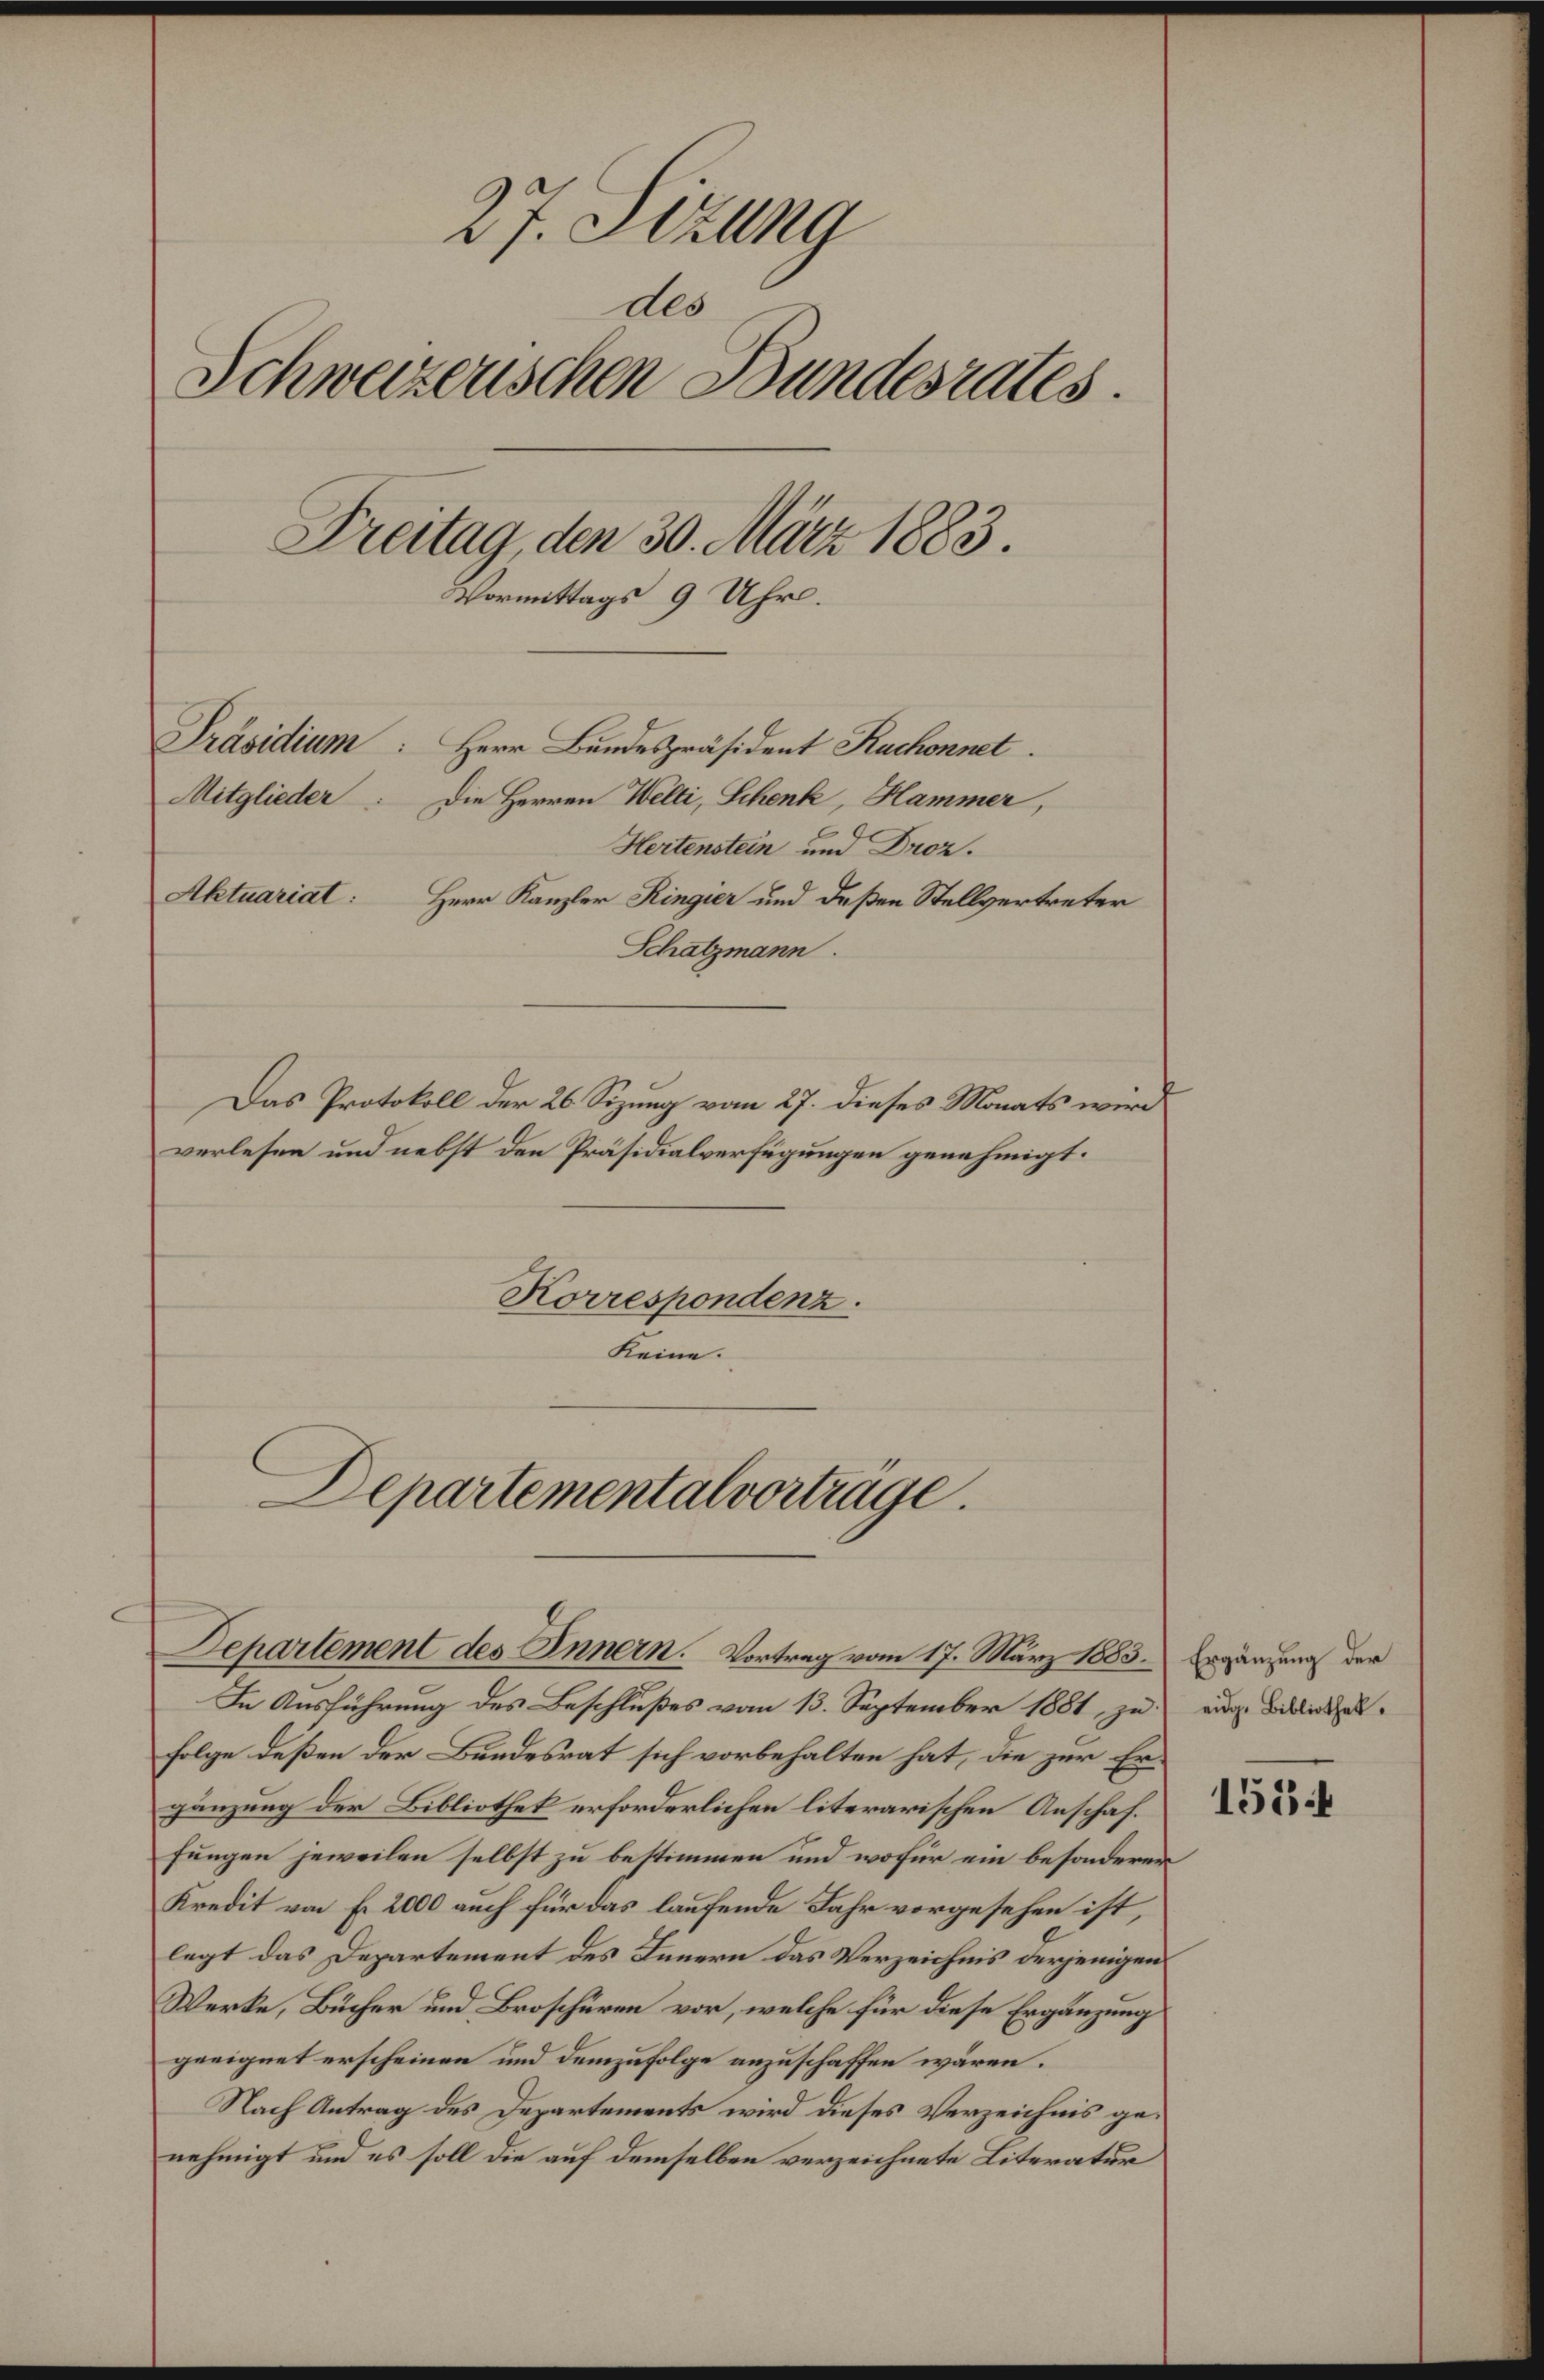
27. Setzung
des
Schweizerischen Bundesrates.
Treitag, den 30. März 1883.
Vormittags 9 Uhr.

Präsidium: Herr Bundespräsident Ruchonnet
Mitglieder: Die Herren Welti, Schenk, Hammer,
Hertenstein und Droz.

Korrespondenz.
Keine.

Das Protokoll der 26. Sizung vom 27. dieses Monats wird
verlesen und nebst den Präsidialverfügungen genehmigt.

Departemental vorträge.
Departement des Innern. Vortrag vom 17. März 1883. Ergänzung der

In Ausführung des Beschlußes vom 13. September 1881, zu ein Blickel¬
Folge deßen der Bundesrat sich vorbehalten hat, die zur Ergänzung der Bibliothek erforderlichen literarischen Anschaf
fungen jeweilen selbst zu bestimmen und wofür ein besonderer
Kredit von f. 2000 auch für das laufende Jahr vorgesehen ist,
legt das Departement des Innern das Verzeichnis derjenigen
Werke, Bücher und Broschüren vor, welche für diese Ergänzung
geeignet erscheinen und demzufolge anzuschaffen wären.
Nach Antrag des Departements wird dieses Verzeichnis genehmigt und es soll die auf demselben verzeichnete Literatur

Aktuariat: Herr Kanzler Ringier und deßen Stellvertreter
Schatzmann.